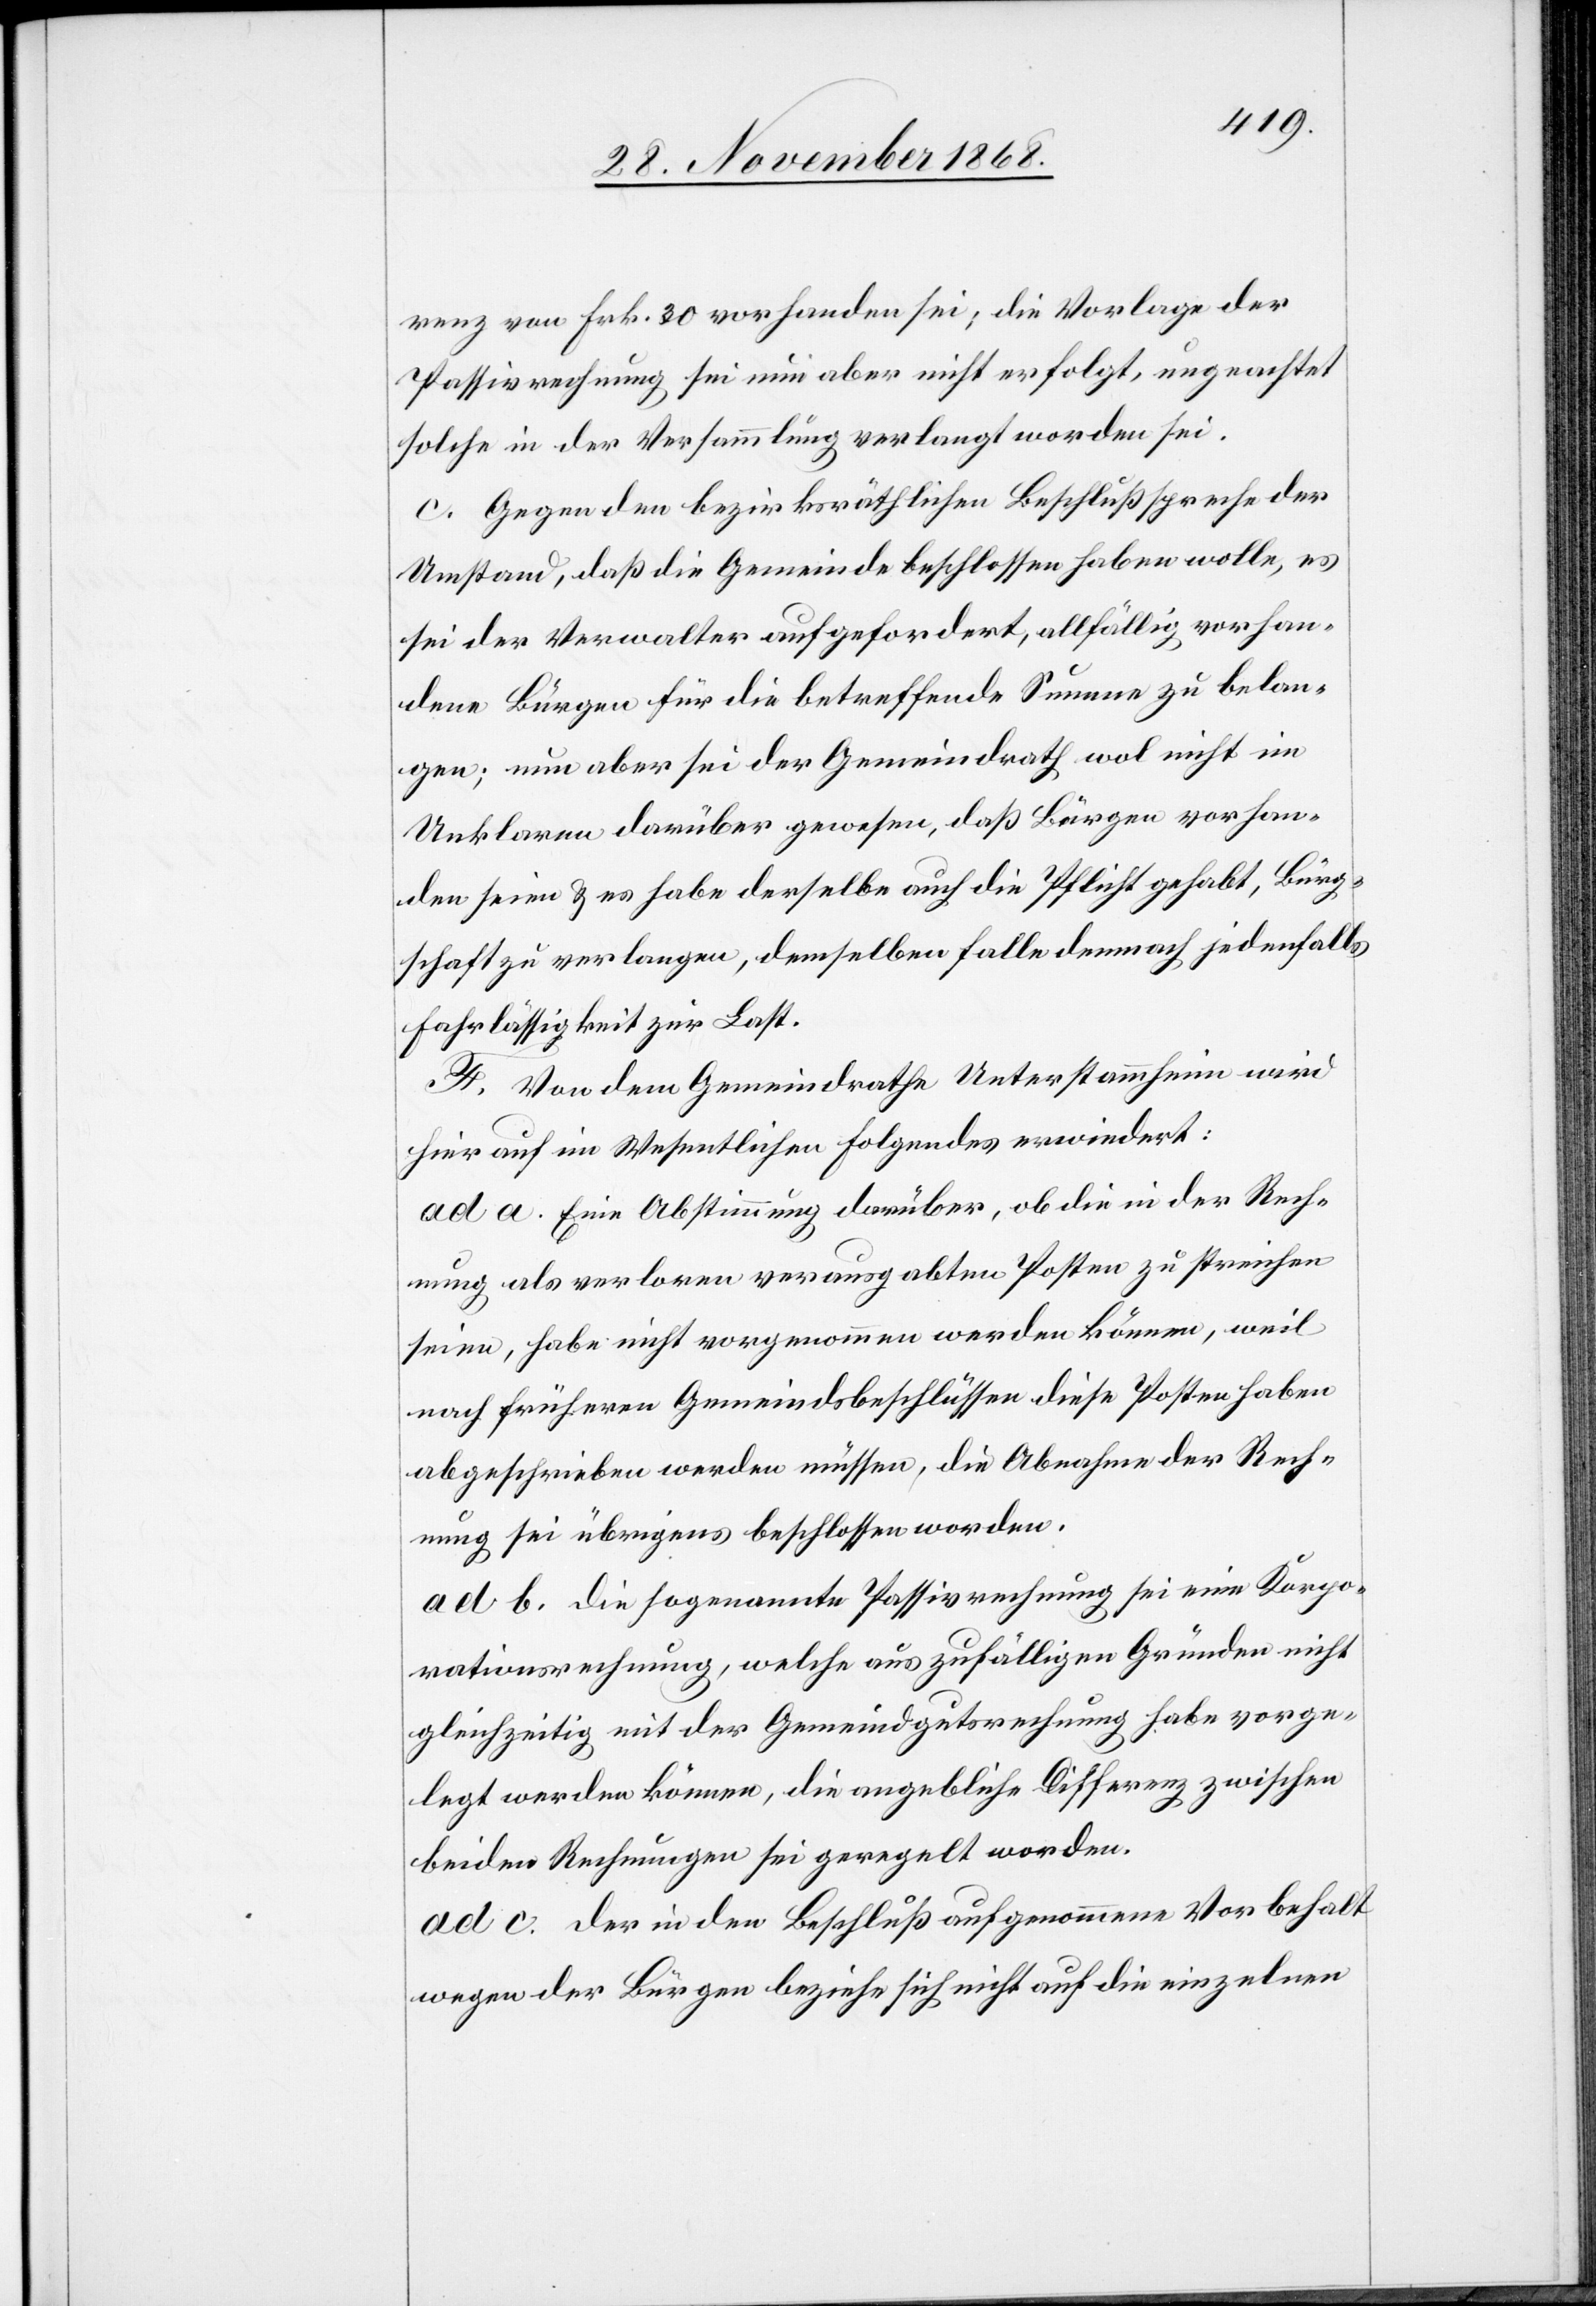
renz von Frk. 30 vorhanden sei; die Vorlage der
Passivrechnung sei nun aber nicht erfolgt, ungeachtet
solche in der Versammlung verlangt worden sei.
c. Gegen den bezirksräthlichen Beschluß spreche der
Umstand, daß die Gemeinde beschlossen haben wolle, es
sei der Verwalter aufgefordert, allfällig vorhan¬
dene Bürgen für die betreffende Summe zu belan¬
gen; nun aber sei der Gemeindrath wol nicht im
Unklaren darüber gewesen, daß Bürgen vorhan¬
den seien & es habe derselbe auch die Pflicht gehabt, Bürg¬
schaft zu verlangen, demselben falle demnach jedenfalls
Fahrlässigkeit zur Last.
F. Von dem Gemeindrathe Unterstammheim wird
hier auf im Wesentlichen Folgendes erwiedert:
ad a. Eine Abstimmung darüber, ob die in der Rech¬
nung als verloren verausgabten Posten zu streichen
seien, habe nicht vorgenommen werden können, weil
nach früheren Gemeindsbeschlüssen diese Posten haben
abgeschrieben werden müssen, die Abnahme der Rech¬
nung sei übrigens beschlossen worden.
ad b. Die sogenannte Passivrechnung sei eine Korpo¬
rationsrechnung, welche aus zufälligen Gründen nicht
gleichzeitig mit der Gemeindgutsrechnung habe vorge¬
legt werden können, die angebliche Differenz zwischen
beiden Rechnungen sei geregelt worden.
ad c. Der in den Beschluß aufgenommene Vorbehalt
wegen der Bürgen beziehe sich nicht auf die einzelnen